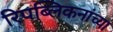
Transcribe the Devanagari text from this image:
रिपब्लिकनांच्या